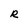
Character: R